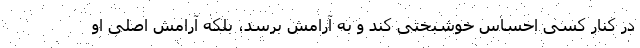
در کنار کسی احساس خوشبختی کند و به آرامش برسد، بلکه آرامش اصلی او